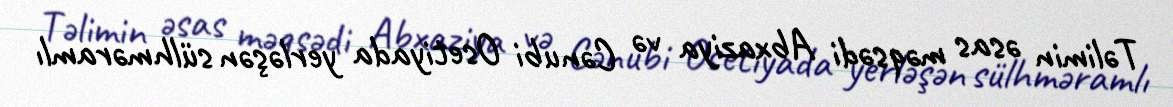
Təlimin əsas məqsədi Abxaziya və Cənubi Osetiyada yerləşən sülhməramlı